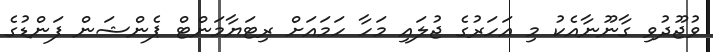
ވުޖޫދުވި ގާނޫނާއެކު މި އަހަރުގެ ޖުލައި މަހާ ހަމައަށް ރިޓަޔާމަންޓް ޕެންޝަން ފަންޑުގެ